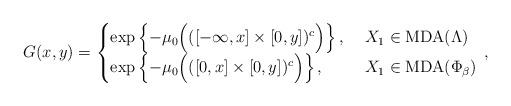
LaTeX: \begin{align*}G(x,y)=\begin{cases}\exp\left\{-\mu_0\Big(([-\infty,x]\times[0,y])^c\Big)\right\}, & \ X_1\in\mathrm{MDA}(\Lambda)\\\exp\left\{-\mu_0\Big(([0,x]\times[0,y])^c\Big)\right\}, & \ X_1\in\mathrm{MDA}(\Phi_\beta)\end{cases}\,,\end{align*}